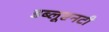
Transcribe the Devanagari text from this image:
डब्लूएनटी